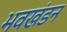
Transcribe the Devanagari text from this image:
भवखंडन